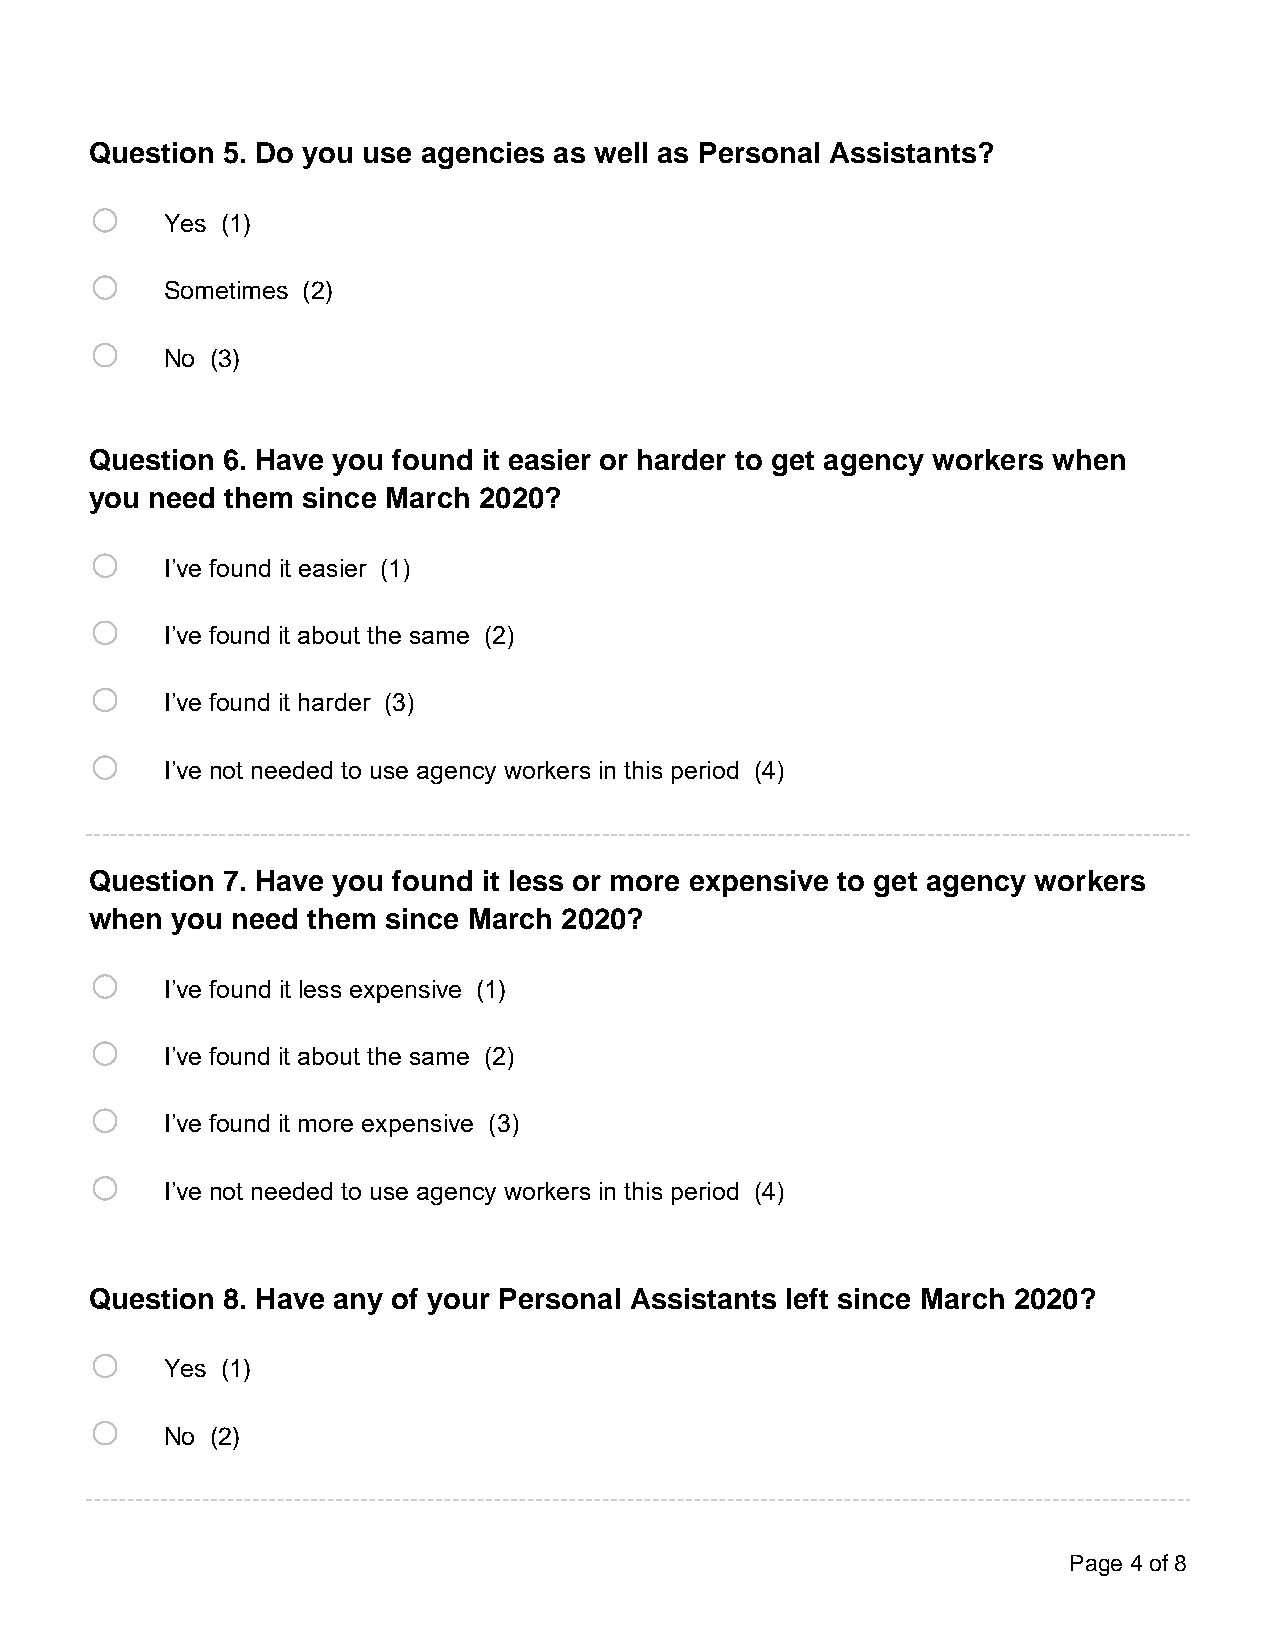
Question 5. Do you use agencies as well as Personal Assistants?
 o
 Yes (1)
 o
 Sometimes (2)
 o
 No (3)
 Question 6. Have you found it easier or harder to get agency workers when
 you need them since March 2020?
 o
 I’ve found it easier (1)
 o
 I’ve found it about the same (2)
 o
 I’ve found it harder (3)
 o
 I’ve not needed to use agency workers in this period (4)
 Question 7. Have you found it less or more expensive to get agency workers
 when you need them  since March 2020?
 o
 I’ve found it less expensive (1)
 o
 I’ve found it about the same (2)
 o
 I’ve found it more expensive (3)
 o
 I’ve not needed to use agency workers in this period (4)
 Question 8. Have any of your Personal Assistants left since March 2020?
 o
 Yes (1)
 o
 No (2)
 Page 4 of 8